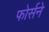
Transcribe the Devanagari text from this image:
फोर्सने